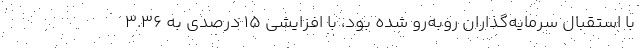
با استقبال سرمایه‌گذاران روبه‌رو شده بود، با افزایشی ۱۵ درصدی به ۳.۳۶